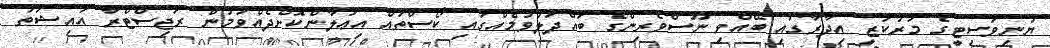
ޔުނިވަސިޓީގެ މަރުކަޒީ އިދާރާގައި ބޭއްވި ނޫސްވެރިންގެ ބައްދަލުވުމެއްގައި ކޯސްތައް އިޢުލާންކޮށްދެއްވަމުން ރަޖިސްޓްރާ އައިޝަތު